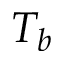
T _ { b }